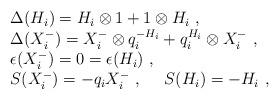
LaTeX: \begin{align*}\begin{array}{l}\Delta(H_i)=H_i\otimes 1+1\otimes H_i~,\\\Delta(X_i^-)=X_i^-\otimes q_i^{-H_i}+q_i^{H_i}\otimes X_i^-~,\\\epsilon(X_i^-)=0=\epsilon(H_i)~, \\S(X_i^-)=-q_iX_i^-~,~~~~S(H_i)=-H_i~,\end{array}\end{align*}